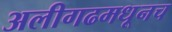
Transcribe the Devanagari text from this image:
अलीगढमधूनच